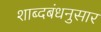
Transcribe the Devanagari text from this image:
शाब्दबंधनुसार